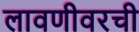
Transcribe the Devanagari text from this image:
लावणीवरची